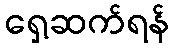
ရှေ့ဆက်ရန်